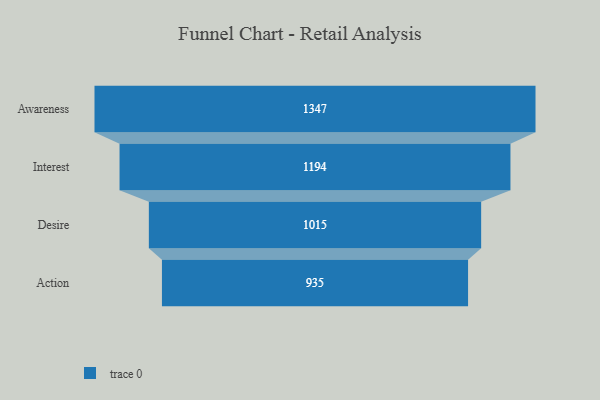
{"axis": {"x": "Stage", "y": "Value"}, "legend": [""], "data": [{"x": "Awareness", "y": 1347.0, "type": ""}, {"x": "Interest", "y": 1194.0, "type": ""}, {"x": "Desire", "y": 1015.0, "type": ""}, {"x": "Action", "y": 935.0, "type": ""}]}